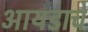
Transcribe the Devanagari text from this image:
आयडाचे